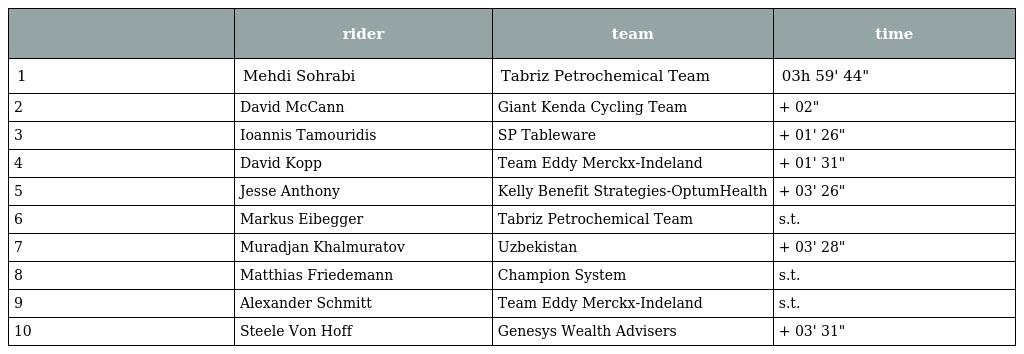
|  | rider | team | time |
 | --- | --- | --- | --- |
 | 1 | Mehdi Sohrabi | Tabriz Petrochemical Team | 03h 59' 44" |
 | 2 | David McCann | Giant Kenda Cycling Team | + 02" |
 | 3 | Ioannis Tamouridis | SP Tableware | + 01' 26" |
 | 4 | David Kopp | Team Eddy Merckx-Indeland | + 01' 31" |
 | 5 | Jesse Anthony | Kelly Benefit Strategies-OptumHealth | + 03' 26" |
 | 6 | Markus Eibegger | Tabriz Petrochemical Team | s.t. |
 | 7 | Muradjan Khalmuratov | Uzbekistan | + 03' 28" |
 | 8 | Matthias Friedemann | Champion System | s.t. |
 | 9 | Alexander Schmitt | Team Eddy Merckx-Indeland | s.t. |
 | 10 | Steele Von Hoff | Genesys Wealth Advisers | + 03' 31" |